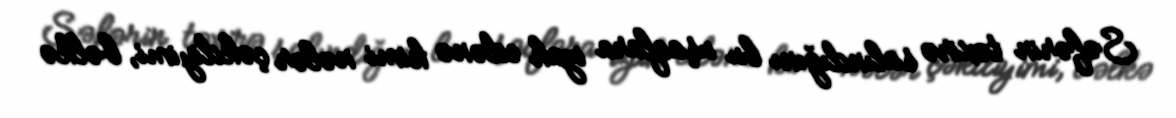
Səfərin təxirə salındığını bu uşaqlara izah edənə kimi nələr çəkdiyimi, bəlkə